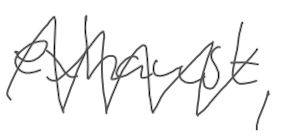
Text: exhaust,
Cross-out: mix
Writing tool: digital_gray